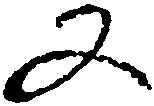
又